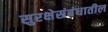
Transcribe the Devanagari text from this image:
सुरक्षेसंबंधातील